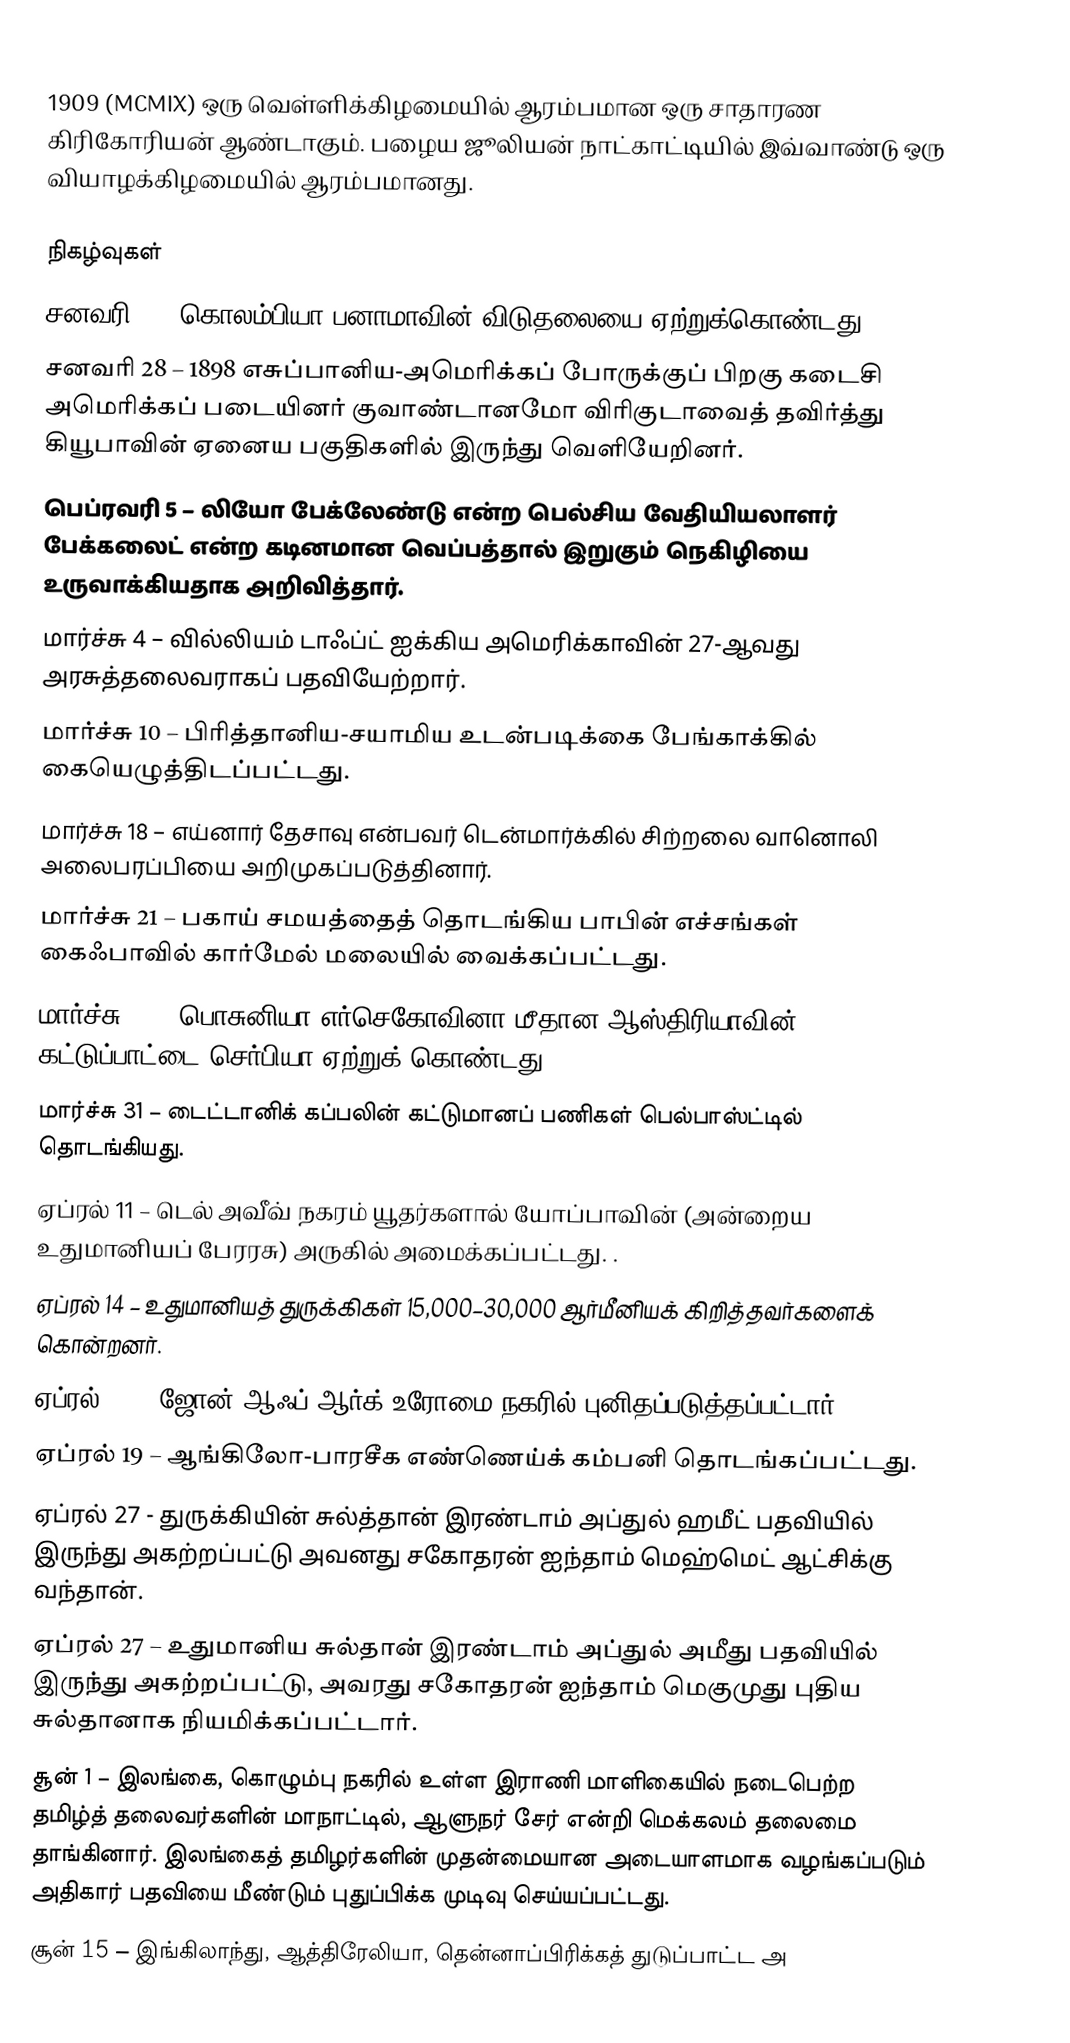
1909  (MCMIX) ஒரு வெள்ளிக்கிழமையில் ஆரம்பமான ஒரு சாதாரண கிரிகோரியன் ஆண்டாகும். பழைய ஜூலியன் நாட்காட்டியில் இவ்வாண்டு ஒரு வியாழக்கிழமையில் ஆரம்பமானது.

நிகழ்வுகள்
 சனவரி 7 – கொலம்பியா பனாமாவின் விடுதலையை ஏற்றுக்கொண்டது.
 சனவரி 28 – 1898 எசுப்பானிய-அமெரிக்கப் போருக்குப் பிறகு கடைசி அமெரிக்கப் படையினர் குவாண்டானமோ விரிகுடாவைத் தவிர்த்து கியூபாவின் ஏனைய பகுதிகளில் இருந்து வெளியேறினர்.
 பெப்ரவரி 5 – லியோ பேக்லேண்டு என்ற பெல்சிய வேதியியலாளர் பேக்கலைட் என்ற கடினமான வெப்பத்தால் இறுகும் நெகிழியை உருவாக்கியதாக அறிவித்தார்.
 மார்ச்சு 4 – வில்லியம் டாஃப்ட் ஐக்கிய அமெரிக்காவின் 27-ஆவது அரசுத்தலைவராகப் பதவியேற்றார்.
 மார்ச்சு 10 – பிரித்தானிய-சயாமிய உடன்படிக்கை பேங்காக்கில் கையெழுத்திடப்பட்டது.
 மார்ச்சு 18 – எய்னார் தேசாவு என்பவர் டென்மார்க்கில் சிற்றலை வானொலி அலைபரப்பியை அறிமுகப்படுத்தினார்.
 மார்ச்சு 21 – பகாய் சமயத்தைத் தொடங்கிய பாபின் எச்சங்கள் கைஃபாவில் கார்மேல் மலையில் வைக்கப்பட்டது.
 மார்ச்சு 31 – பொசுனியா எர்செகோவினா மீதான ஆஸ்திரியாவின் கட்டுப்பாட்டை செர்பியா ஏற்றுக் கொண்டது.
 மார்ச்சு 31 – டைட்டானிக் கப்பலின் கட்டுமானப் பணிகள் பெல்பாஸ்ட்டில் தொடங்கியது.
 ஏப்ரல் 11 – டெல் அவீவ் நகரம் யூதர்களால் யோப்பாவின் (அன்றைய உதுமானியப் பேரரசு) அருகில் அமைக்கப்பட்டது. .
 ஏப்ரல் 14 – உதுமானியத் துருக்கிகள் 15,000–30,000 ஆர்மீனியக் கிறித்தவர்களைக் கொன்றனர்.
 ஏப்ரல் 18 – ஜோன் ஆஃப் ஆர்க் உரோமை நகரில் புனிதப்படுத்தப்பட்டார்.
 ஏப்ரல் 19 – ஆங்கிலோ-பாரசீக எண்ணெய்க் கம்பனி தொடங்கப்பட்டது.
 ஏப்ரல் 27 - துருக்கியின் சுல்த்தான் இரண்டாம் அப்துல் ஹமீட் பதவியில் இருந்து அகற்றப்பட்டு அவனது சகோதரன் ஐந்தாம் மெஹ்மெட் ஆட்சிக்கு வந்தான்.
 ஏப்ரல் 27 – உதுமானிய சுல்தான் இரண்டாம் அப்துல் அமீது பதவியில் இருந்து அகற்றப்பட்டு, அவரது சகோதரன் ஐந்தாம் மெகுமுது புதிய சுல்தானாக நியமிக்கப்பட்டார்.
 சூன் 1 – இலங்கை, கொழும்பு நகரில் உள்ள இராணி மாளிகையில் நடைபெற்ற தமிழ்த் தலைவர்களின் மாநாட்டில், ஆளுநர் சேர் என்றி மெக்கலம் தலைமை தாங்கினார். இலங்கைத் தமிழர்களின் முதன்மையான அடையாளமாக வழங்கப்படும் அதிகார் பதவியை மீண்டும் புதுப்பிக்க முடிவு செய்யப்பட்டது.
 சூன் 15 – இங்கிலாந்து, ஆத்திரேலியா, தென்னாப்பிரிக்கத் துடுப்பாட்ட அ